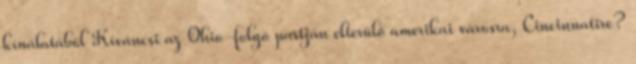
kínálatából Kíváncsi az Ohio-folyó partján elterülő amerikai városra, Cincinnatire?